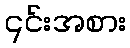
၎င်းအစား